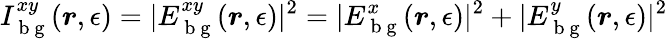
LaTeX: I_{\mathrm{~b~g~}}^{xy}(\boldsymbol{r},\epsilon)=|E_{\mathrm{~b~g~}}^{xy}(\boldsymbol{r},\epsilon)|^{2}=|E_{\mathrm{~b~g~}}^{x}(\boldsymbol{r},\epsilon)|^{2}+|E_{\mathrm{~b~g~}}^{y}(\boldsymbol{r},\epsilon)|^{2}